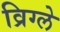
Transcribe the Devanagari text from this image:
व्रिग्ले